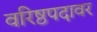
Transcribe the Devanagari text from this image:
वरिष्ठपदावर